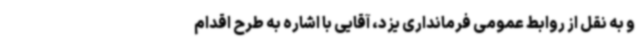
و به نقل از روابط عمومی فرمانداری یزد، آقایی با اشاره به طرح اقدام